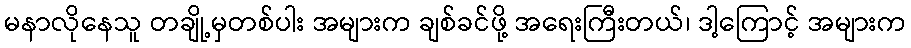
မနာလိုနေသူ တချို့မှတစ်ပါး အများက ချစ်ခင်ဖို့ အရေးကြီးတယ်၊ ဒါ့ကြောင့် အများက